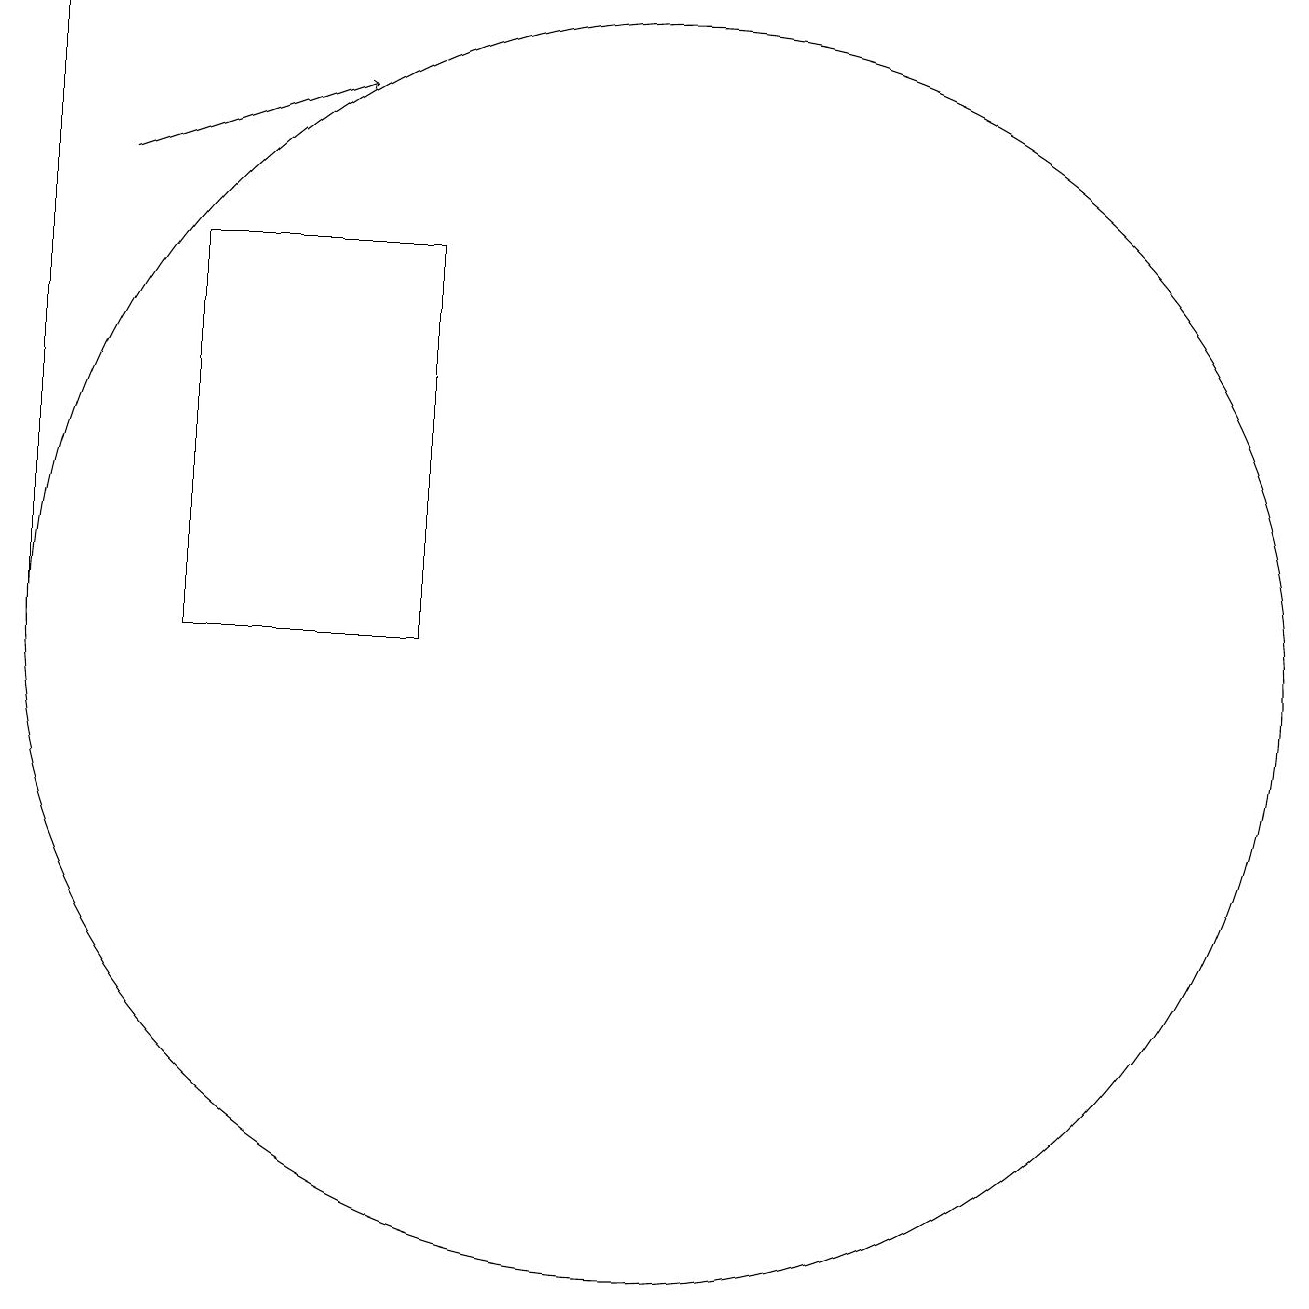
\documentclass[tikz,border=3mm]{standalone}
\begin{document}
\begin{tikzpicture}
\draw (10,10) circle (8);
\draw (4,10) rectangle (7,15);
\draw[->] (3,16) -- (6,17);
\draw (2,10) rectangle (2,18);
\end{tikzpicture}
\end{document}